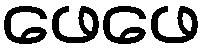
ဖေဖေ